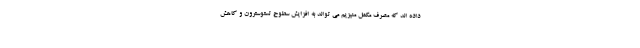
داده اند که مصرف مکمل منیزیم می تواند به افزایش سطوح تستوسترون و کاهش